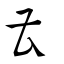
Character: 曹